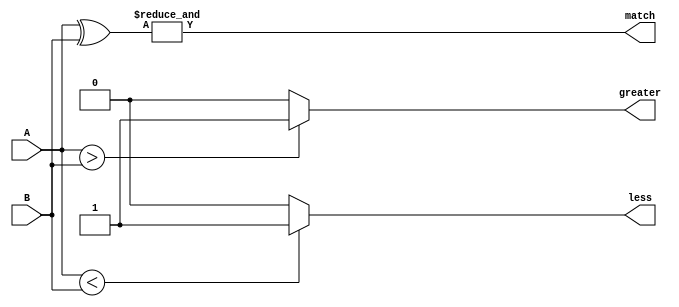
module comparator(
    input [3:0] A,
    input [3:0] B,
    output match,
    output greater,
    output less
);

wire [3:0] equal_bits;
wire all_equal;

assign equal_bits = A ^ B;
assign all_equal = &equal_bits;

assign match = all_equal;

always @(*) begin
    if (A > B)
        greater = 1;
    else
        greater = 0;
    
    if (A < B)
        less = 1;
    else
        less = 0;
end

endmodule